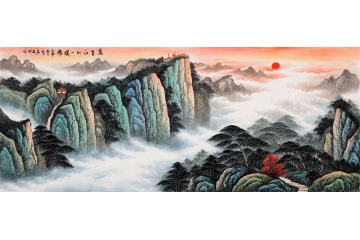
恨身翻不作车尘，万里得随君。